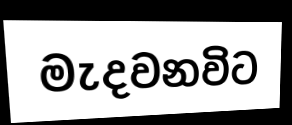
මැදවනවිට